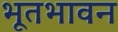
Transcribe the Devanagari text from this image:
भूतभावन